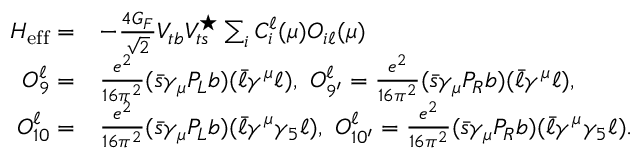
\begin{array} { r l } { { \cal H } _ { \mathrm { e f f } } = } & { - \frac { 4 G _ { F } } { \sqrt { 2 } } V _ { t b } V _ { t s } ^ { \star } \sum _ { i } C _ { i } ^ { \ell } ( \mu ) { \cal O } _ { i \ell } ( \mu ) } \\ { { \cal O } _ { 9 } ^ { \ell } = } & { \frac { e ^ { 2 } } { 1 6 \pi ^ { 2 } } ( \bar { s } \gamma _ { \mu } P _ { L } b ) ( \bar { \ell } \gamma ^ { \mu } \ell ) , ~ { \cal O } _ { 9 ^ { \prime } } ^ { \ell } = \frac { e ^ { 2 } } { 1 6 \pi ^ { 2 } } ( \bar { s } \gamma _ { \mu } P _ { R } b ) ( \bar { \ell } \gamma ^ { \mu } \ell ) , } \\ { { \cal O } _ { 1 0 } ^ { \ell } = } & { \frac { e ^ { 2 } } { 1 6 \pi ^ { 2 } } ( \bar { s } \gamma _ { \mu } P _ { L } b ) ( \bar { \ell } \gamma ^ { \mu } \gamma _ { 5 } \ell ) , ~ { \cal O } _ { 1 0 ^ { \prime } } ^ { \ell } = \frac { e ^ { 2 } } { 1 6 \pi ^ { 2 } } ( \bar { s } \gamma _ { \mu } P _ { R } b ) ( \bar { \ell } \gamma ^ { \mu } \gamma _ { 5 } \ell ) . } \end{array}